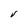
Character: V